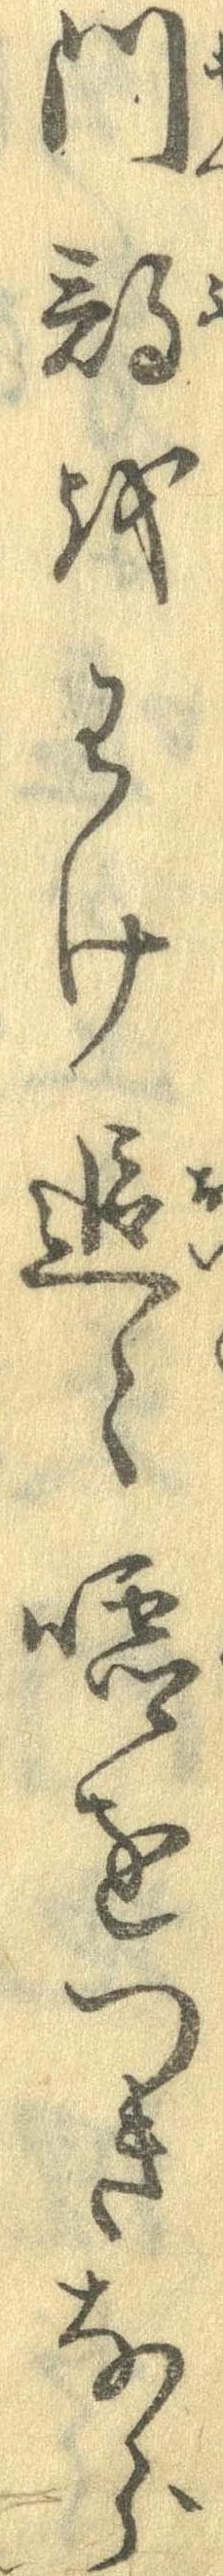
門部をわけ追々嘘をつきなら